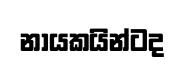
නායකයින්ටද